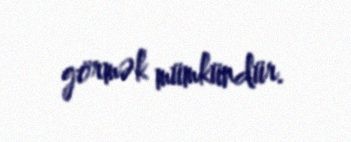
görmək mümkündür.